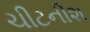
ચીટનીશ